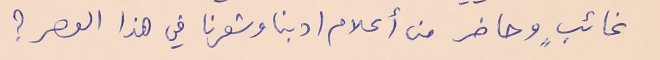
غائبٍ وحاضر من أعلام ادبنا وشعرنا في هذا العصر ؟